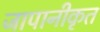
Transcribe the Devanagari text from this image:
जापानीकृत